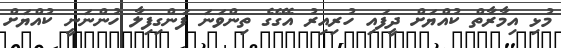
މުޅި އިމާރާތް ކުއްޔަށް ދީފައި ހުރިއިރު އެގޭގެ ތިންވަނަ ފަންގިފިލާ ހުންނަނީ ކުއްޔަށް